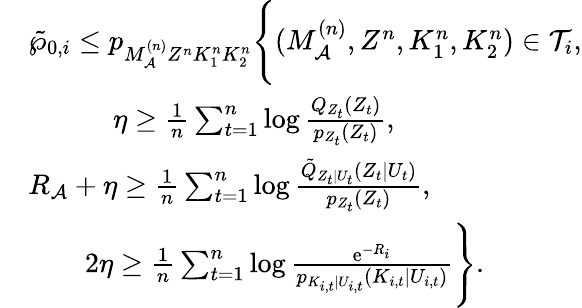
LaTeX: \begin{array}{rl}&{\tilde{\wp}_{0,i}\leq p_{M_{\cal A}^{(n)}Z^{n}K_{1}^{n}K_{2}^{n}}\Biggl\{ (M_{\cal A}^{(n)},Z^{n},K_{1}^{n},K_{2}^{n})\in{\cal T}_{i},}\\ &{\qquad\quad\eta\geq\frac{1}{n}\sum_{t=1}^{n}\log\frac{Q_{{Z}_{t}}(Z_{t})}{p_{Z_{t}}(Z_{t})},}\\ &{R_{\cal A}+\eta\geq\frac{1}{n}\sum_{t=1}^{n}\log\frac{\tilde{Q}_{Z_{t}|U_{t}}(Z_{t}|U_{t})}{p_{Z_{t}}(Z_{t})},}\\ &{\qquad 2\eta\geq\frac{1}{n}\sum_{t=1}^{n}\log\frac{\mathrm{e}^{-R_{i}}}{p_{K_{i,t}|U_{i,t}}(K_{i,t}|U_{i,t})}\Biggr\} .}\end{array}